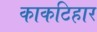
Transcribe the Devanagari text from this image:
काकटिहार